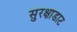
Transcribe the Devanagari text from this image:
सुरक्षाडाट